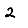
Digit: 2